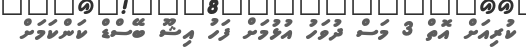
ކުރިއަށް އޮތް 3 މަސް ދުވަހު އުޅުމަށް ފަހު އިޝޫ ބޭސްޑް ކަންކަމަށް